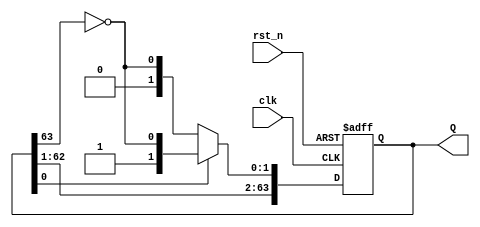
module JC_counter (
    input clk,
    input rst_n,
    output reg [63:0] Q
);

    // Johnson counter update logic on clock edge or reset
    always @(posedge clk or negedge rst_n) begin
        if (!rst_n) begin
            // Active-low reset to zero
            Q <= 64'b0;
        end else begin
            // Check the least significant bit to determine increment or decrement
            if (Q[0] == 1'b0) begin
                // Shift left and append 1 at LSB (note: MSB comes from the inverted LSB)
                Q <= {Q[62:0], ~Q[63]};
            end else begin
                // Shift left and append 0 at LSB (note: MSB comes from the inverted LSB)
                Q <= {Q[62:0], ~Q[63]};
            end
        end
    end

endmodule